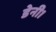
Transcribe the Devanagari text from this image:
डेनी।